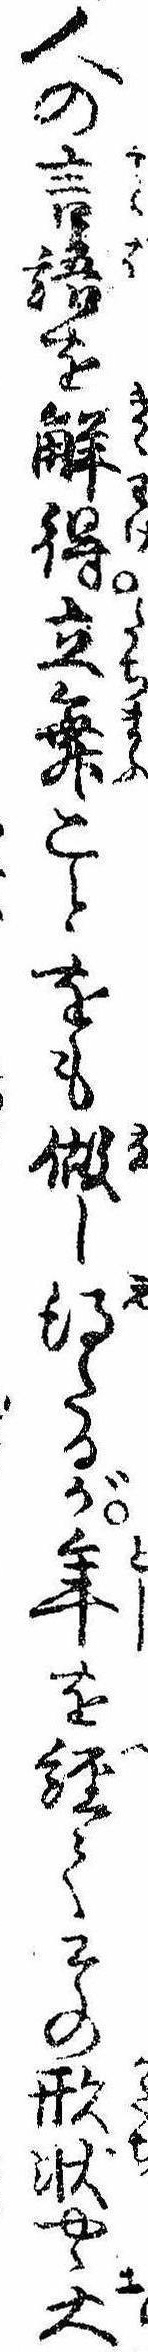
人の言語を解得立舞ことをも做し得たるが年を経てその形状やゝ大